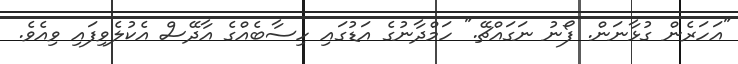
"އަހަރެން ގުޅާނަން. ފޯނު ނަގައްޗޭ." ހަމްދާނުގެ އަޑުގައި ހިސާބެއްގެ އާދޭސް އެކުލެވިފައި ވިއެވެ.